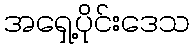
အရှေ့ပိုင်းဒေသ